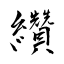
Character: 纘